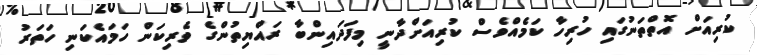
ކުރިއަށް އޮތްތަނުގައި ހުރިހާ ކަމެއްވެސް ކުރިއަށްދާނީ މިފަދައިންބާ ރައްޔިތުންގެ ވެރިކަން ހަމައެކަނި ހަތަރު